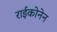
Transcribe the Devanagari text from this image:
राईकोनेन